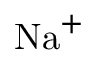
\mathrm { N a } ^ { + }